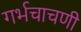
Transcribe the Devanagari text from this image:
गर्भचाचणी